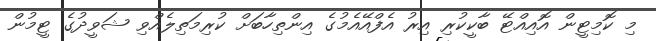
މި ކޮމިޓީން އޮއިއްޓޭ ބާކީކުރި އިރު އެފްއޭއެމުގެ އިންތިހާބަށް ކުރިމަތިލެއްވި ޝަވީދުގެ ޓީމުން